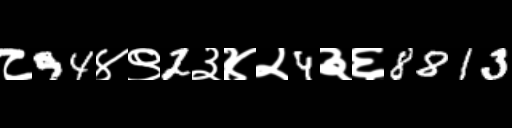
Text: ८94४९2३४२4३६8813